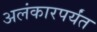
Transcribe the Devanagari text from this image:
अलंकारपर्यंत